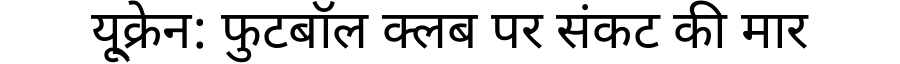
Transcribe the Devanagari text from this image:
यू्क्रेन: फुटबॉल क्लब पर संकट की मार